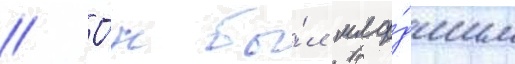
// О́н бы́л мла́дшим